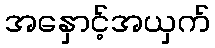
အနှောင့်အယှက်